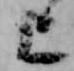
上